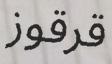
قرقوز